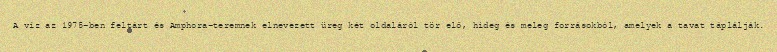
A víz az 1975-ben feltárt és Amphora-teremnek elnevezett üreg két oldaláról tör elő, hideg és meleg forrásokból, amelyek a tavat táplálják.